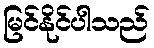
မြင်နိုင်ပါသည်